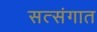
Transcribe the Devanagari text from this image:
सत्संगात